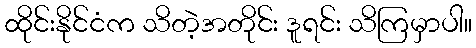
ထိုင်းနိုင်ငံက သိတဲ့အတိုင်း ဒူရင်း သိကြမှာပါ။